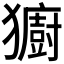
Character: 𪻋